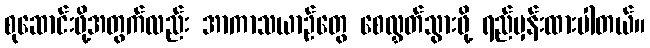
စုဆောင်းဖို့အတွက်လည်း အာကာသယာဉ်တွေ စေလွှတ်သွားဖို့ ရည်မှန်းထားပါတယ်။